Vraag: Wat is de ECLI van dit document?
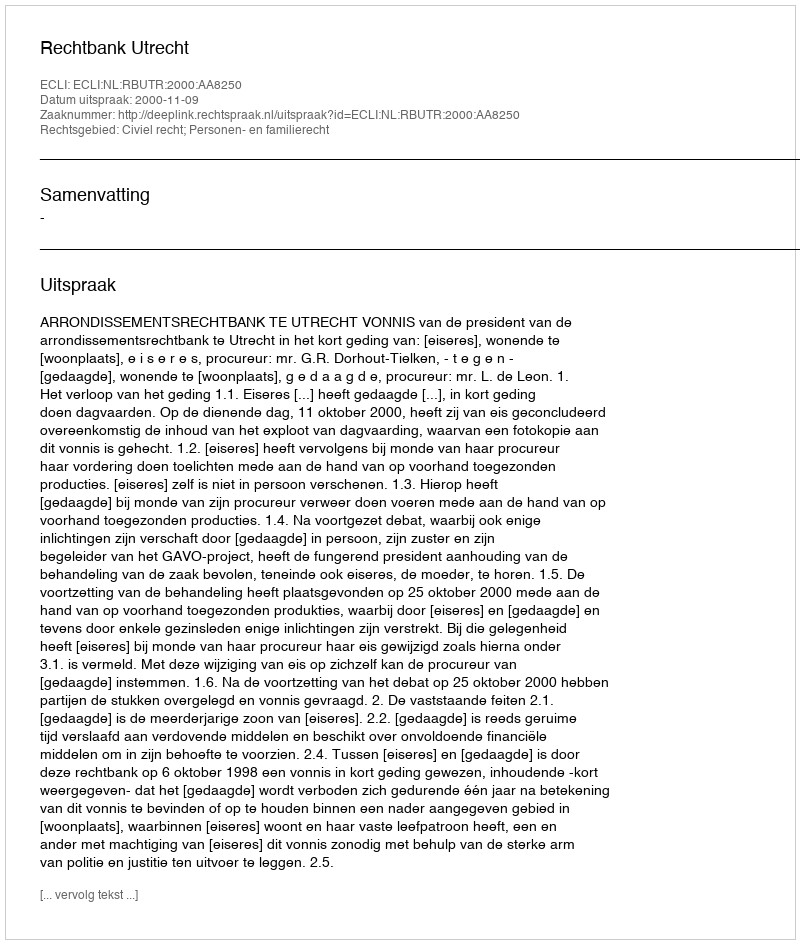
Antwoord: ECLI:NL:RBUTR:2000:AA8250